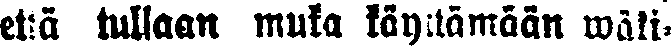
eteä tullaan muka täyttämään wäli-